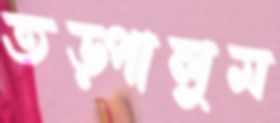
তড়্‌পালুম